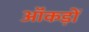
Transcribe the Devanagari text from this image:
ऑंकड़ों